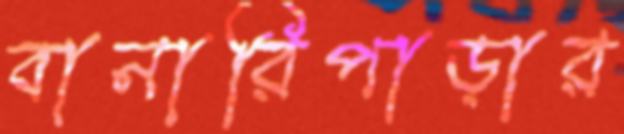
বানারিপাড়ার